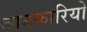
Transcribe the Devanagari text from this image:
जानकारियो